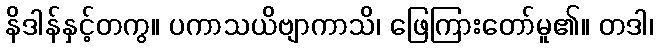
နိဒါန်နှင့်တကွ။ ပကာသယိဗျာကာသိ၊ ဖြေကြားတော်မူ၏။ တဒါ၊